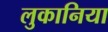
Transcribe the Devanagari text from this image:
लुकानिया